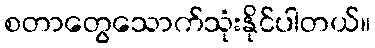
စတာတွေသောက်သုံးနိုင်ပါတယ်။